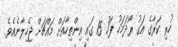
ހުރި ކަރާގެ އަގު ރޯދަމަހު ފަހު 15 ގައި އިންތިހާއަށް މައްޗަށް ޖެހިލާނެއެވެ.